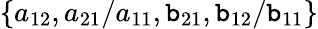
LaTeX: \{ a_{12},a_{21}/a_{11},\mathtt{b}_{21},\mathtt{b}_{12}/\mathtt{b}_{11}\}